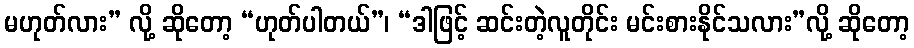
မဟုတ်လား” လို့ ဆိုတော့ “ဟုတ်ပါတယ်”၊ “ဒါဖြင့် ဆင်းတဲ့လူတိုင်း မင်းစားနိုင်သလား”လို့ ဆိုတော့